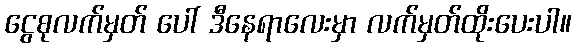
ငွေစုလက်မှတ် ပေါ် ဒီနေရာလေးမှာ လက်မှတ်ထိုးပေးပါ။